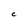
Character: C